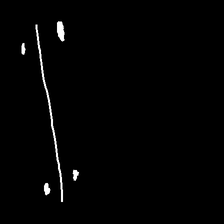
Glyph: cool